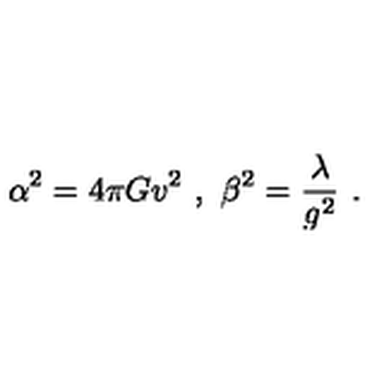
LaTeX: \alpha ^ { 2 } = 4 \pi G v ^ { 2 } \ , \ \beta ^ { 2 } = \frac { \lambda } { g ^ { 2 } } \ .